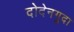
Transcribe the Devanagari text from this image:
दोदेनगुदा